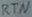
Text: RTN